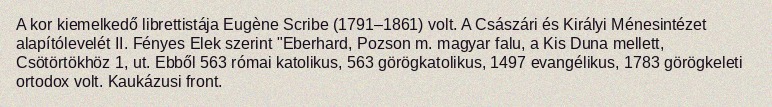
A kor kiemelkedő librettistája Eugène Scribe (1791–1861) volt. A Császári és Királyi Ménesintézet alapítólevelét II. Fényes Elek szerint "Eberhard, Pozson m. magyar falu, a Kis Duna mellett, Csötörtökhöz 1, ut. Ebből 563 római katolikus, 563 görögkatolikus, 1497 evangélikus, 1783 görögkeleti ortodox volt. Kaukázusi front.